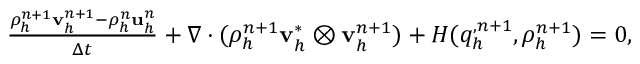
\begin{array} { r l } & { \frac { \rho _ { h } ^ { n + 1 } \mathbf v _ { h } ^ { n + 1 } - \rho _ { h } ^ { n } \mathbf u _ { h } ^ { n } } { \Delta t } + \nabla \cdot ( \rho _ { h } ^ { n + 1 } \mathbf v _ { h } ^ { * } \otimes \mathbf v _ { h } ^ { n + 1 } ) + H ( q _ { h } ^ { , n + 1 } , \rho _ { h } ^ { n + 1 } ) = \boldsymbol { 0 } , } \end{array}